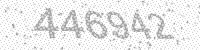
Solution: 446942